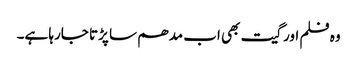
وہ فلم اور گیت بھی اب مدھم سا پڑتا جارہا ہے۔